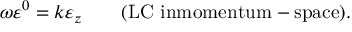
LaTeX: \omega \varepsilon ^ { 0 } = k \varepsilon _ { z } \qquad \mathrm { ( L C ~ i n m o m e n t u m - s p a c e ) } .